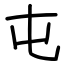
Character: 屯